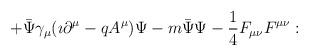
LaTeX: \begin{align*}\hspace{1.3cm} + \bar{\Psi}\gamma_{\mu}(\imath\partial^{\mu} - qA^{\mu})\Psi - m \bar{\Psi} \Psi - {1 \over 4}F_{\mu \nu}F^{\mu\nu} : \hspace{1.6cm}\end{align*}